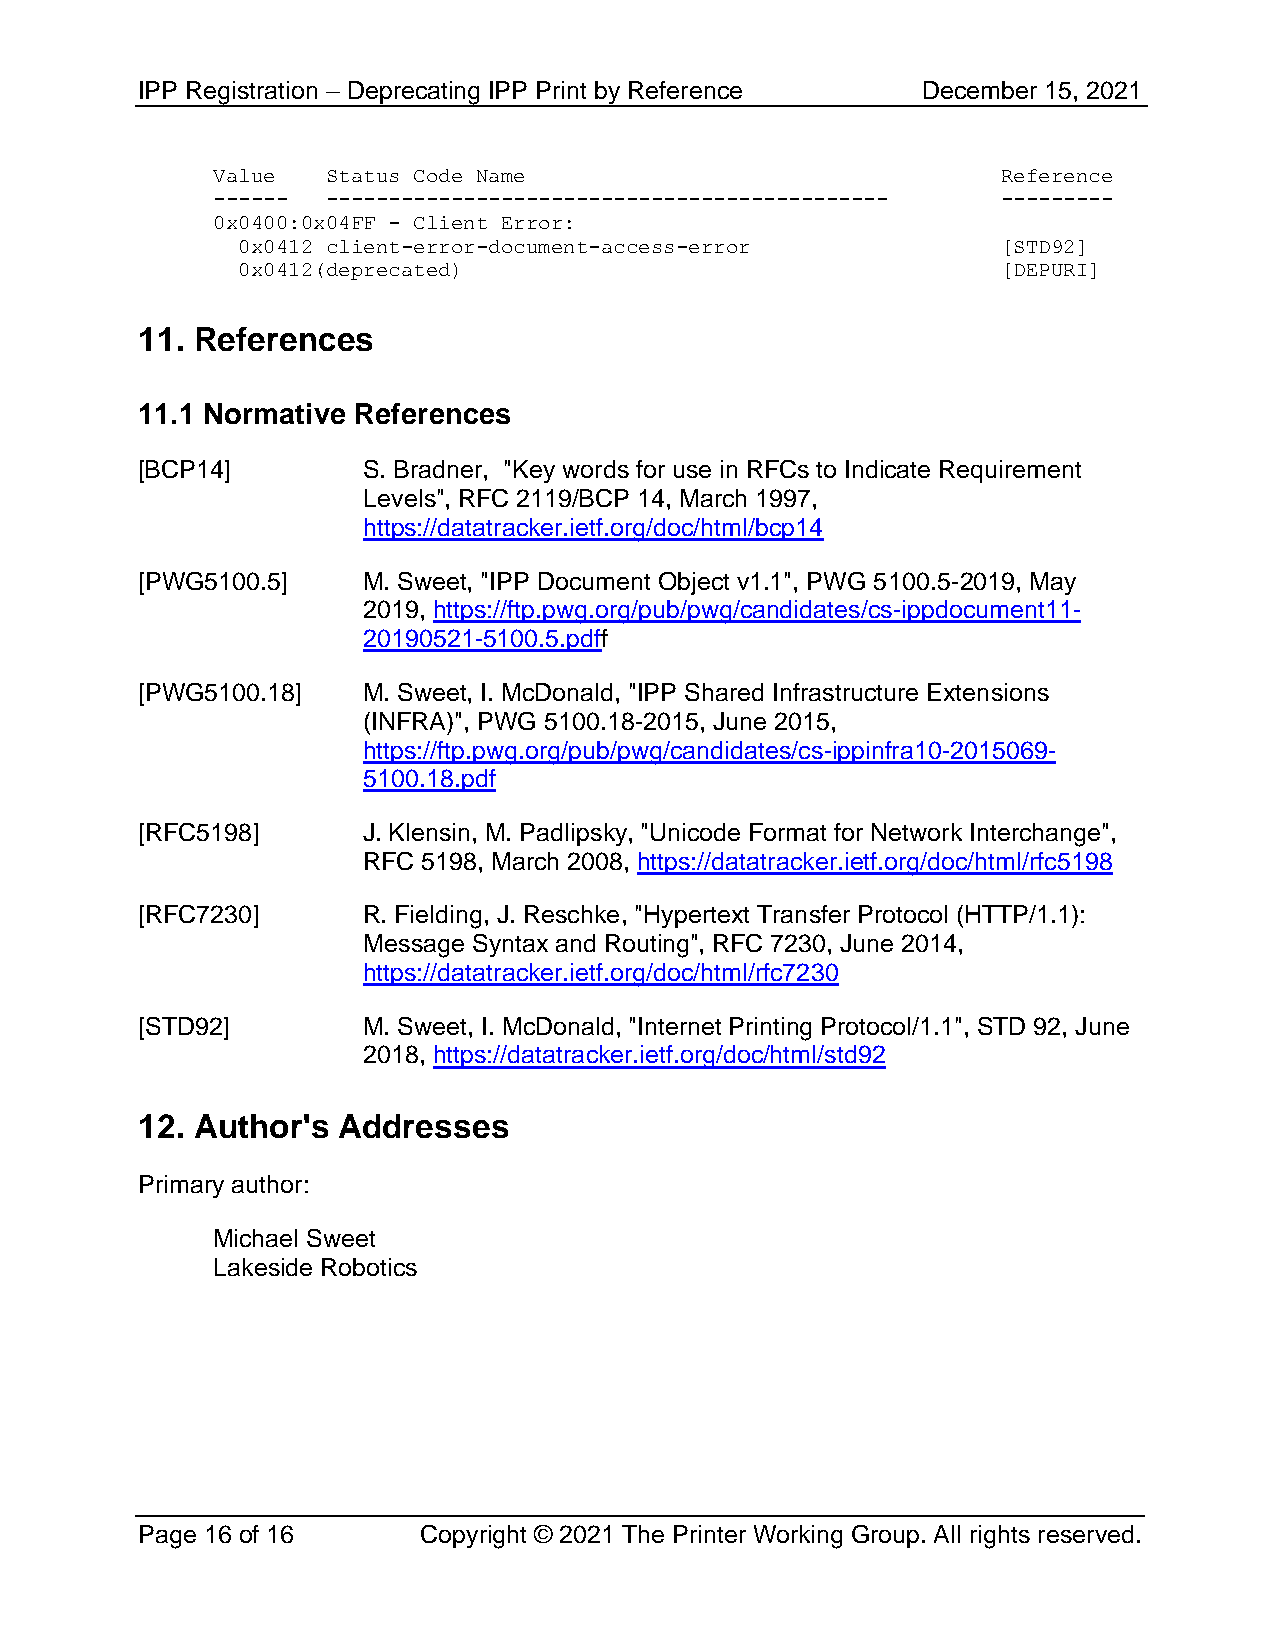
IPP Registration – Deprecating IPP Print by Reference December 15, 2021
 Value   Status Code Name                            Reference
 ------  --------------------------------------------- ---------
 0x0400:0x04FF - Client Error:
 0x0412 client-error-document-access-error         [STD92]
 0x0412(deprecated)                                [DEPURI]
 11. References
 11.1 Normative References
 [BCP14]        S. Bradner, "Key words for use in RFCs to Indicate Requirement
 Levels", RFC 2119/BCP 14, March 1997,
 https://datatracker.ietf.org/doc/html/bcp14
 [PWG5100.5]    M. Sweet, "IPP Document Object v1.1", PWG 5100.5-2019, May
 2019, https://ftp.pwg.org/pub/pwg/candidates/cs-ippdocument11-
 20190521-5100.5.pdff
 [PWG5100.18]   M. Sweet, I. McDonald, "IPP Shared Infrastructure Extensions
 (INFRA)", PWG 5100.18-2015, June 2015,
 https://ftp.pwg.org/pub/pwg/candidates/cs-ippinfra10-2015069-
 5100.18.pdf
 [RFC5198]      J. Klensin, M. Padlipsky, "Unicode Format for Network Interchange",
 RFC 5198, March 2008, https://datatracker.ietf.org/doc/html/rfc5198
 [RFC7230]      R. Fielding, J. Reschke, "Hypertext Transfer Protocol (HTTP/1.1):
 Message Syntax and Routing", RFC 7230, June 2014,
 https://datatracker.ietf.org/doc/html/rfc7230
 [STD92]        M. Sweet, I. McDonald, "Internet Printing Protocol/1.1", STD 92, June
 2018, https://datatracker.ietf.org/doc/html/std92
 12. Author's Addresses
 Primary author:
 Michael Sweet
 Lakeside Robotics
 Page 16 of 16      Copyright © 2021 The Printer Working Group. All rights reserved.